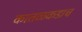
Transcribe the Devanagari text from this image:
कातळकडाच